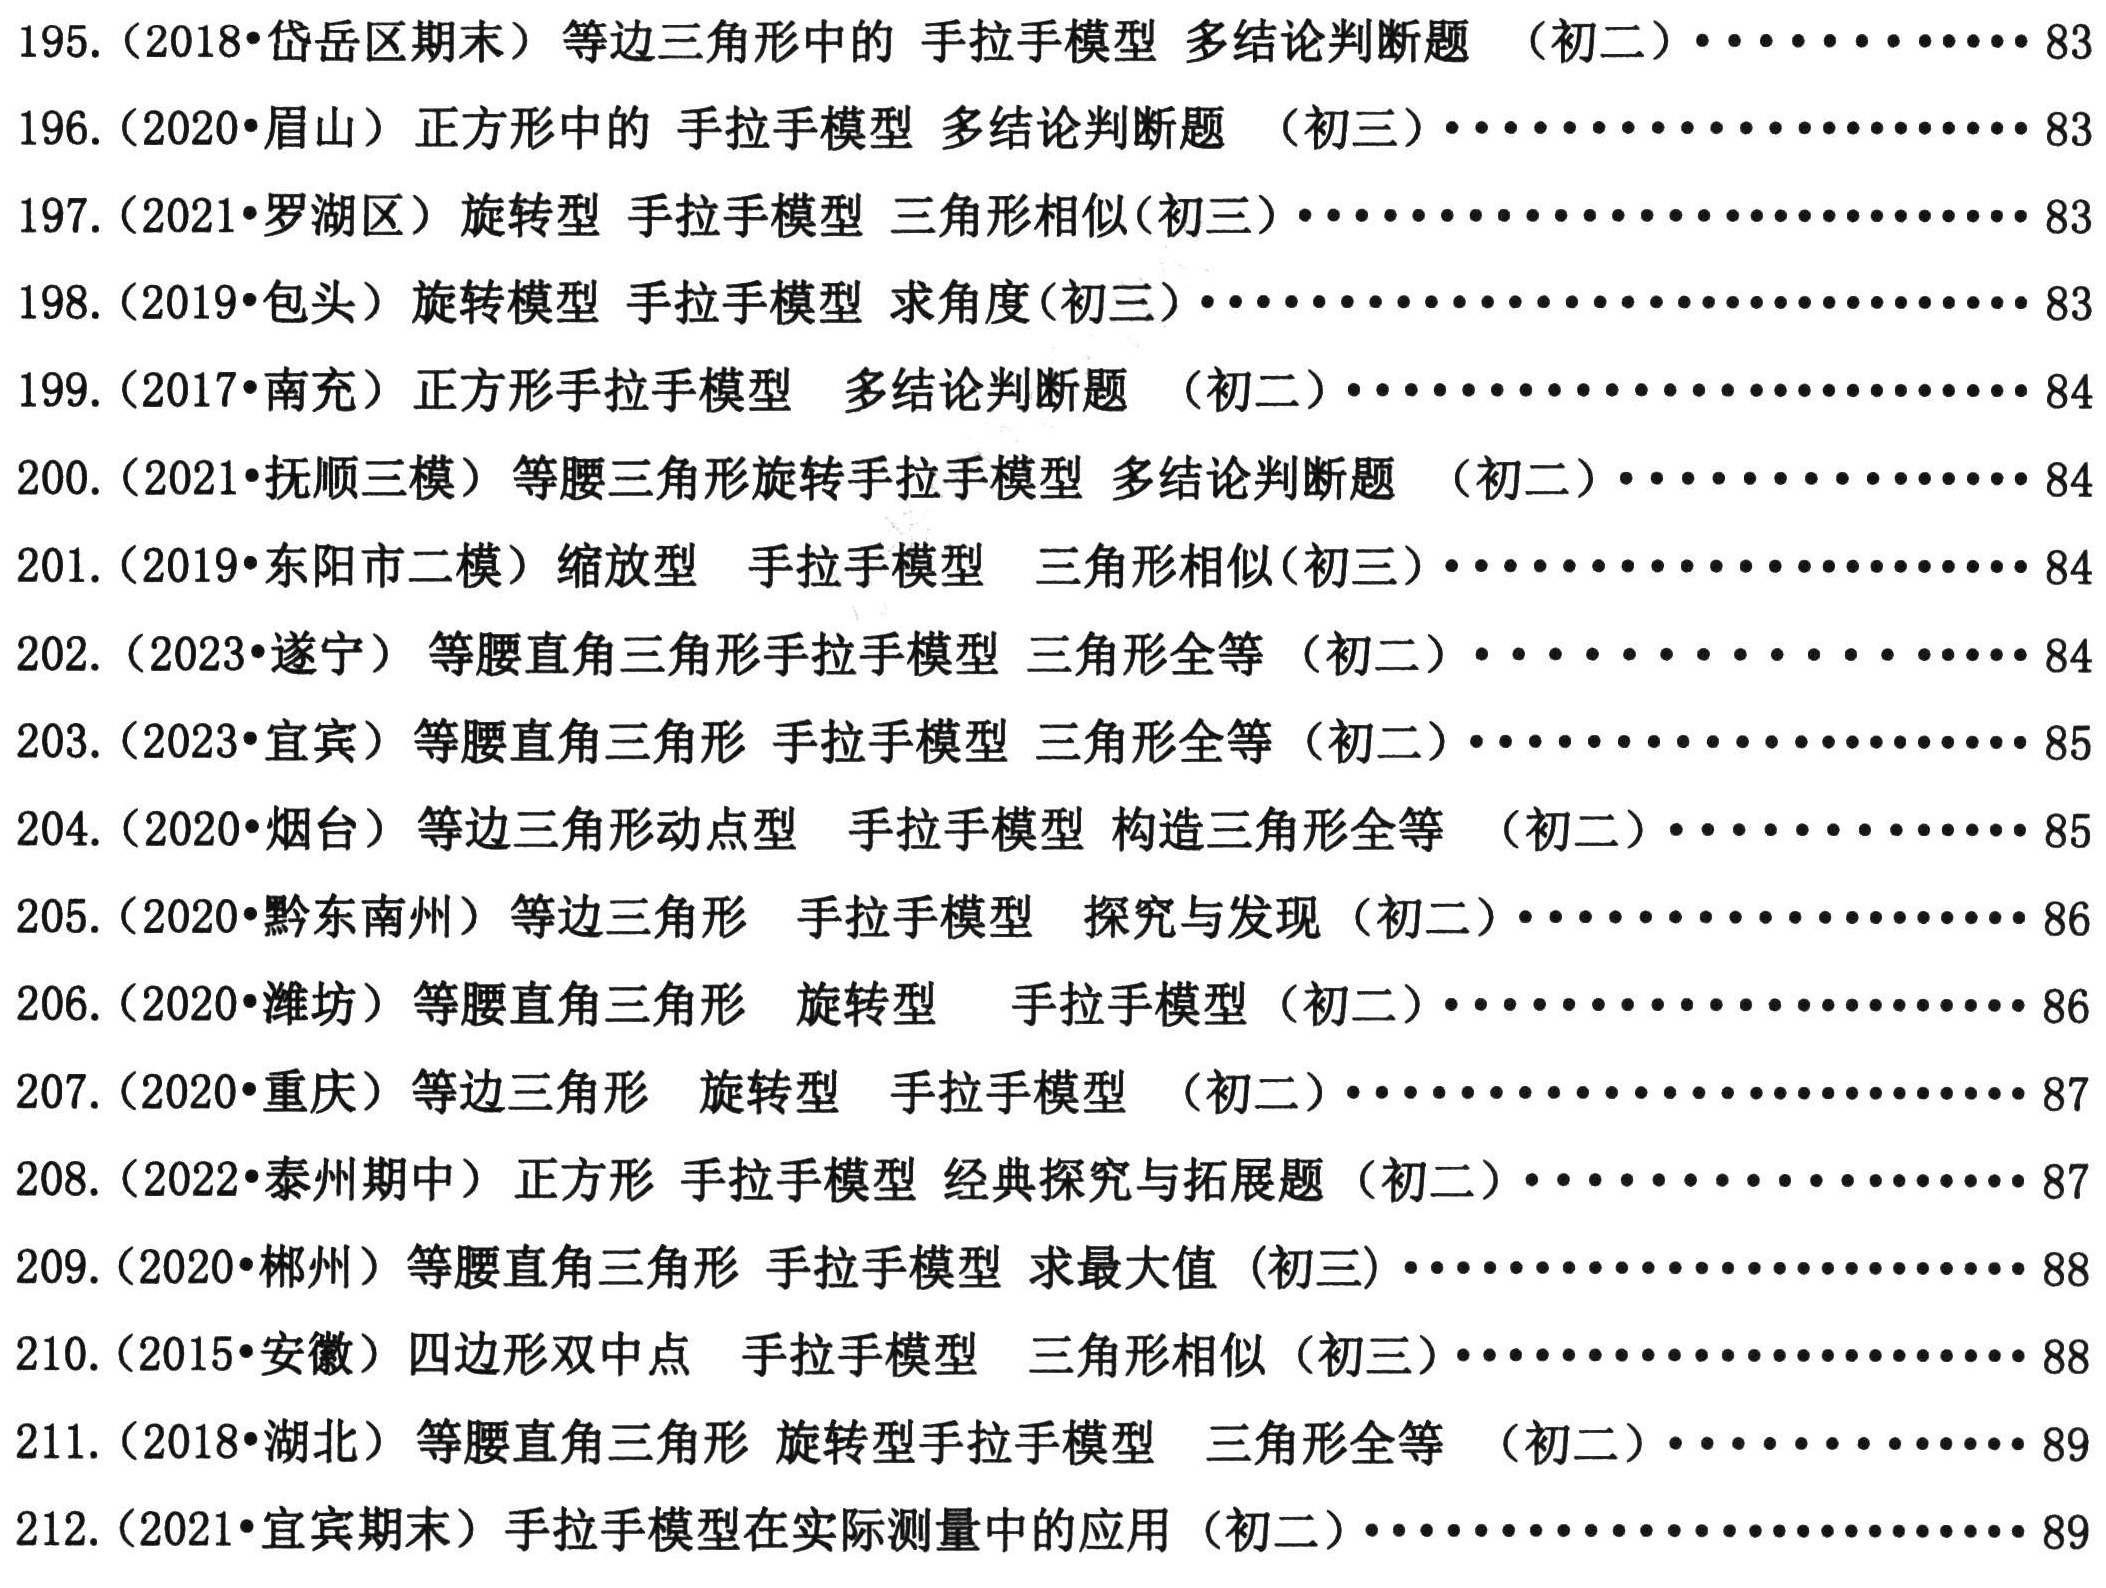
195. (2018•岱岳区期末) 等边三角形中的 手拉手模型 多结论判断题 （初二）\(\cdots\cdots\cdots\cdots83\)
196. (2020•眉山) 正方形中的 手拉手模型 多结论判断题 （初三）\(\cdots\cdots\cdots\cdots83\)
197. (2021•罗湖区) 旋转型 手拉手模型 三角形相似(初三)\(\cdots\cdots\cdots\cdots83\)
198. (2019•包头) 旋转模型 手拉手模型 求角度(初三)\(\cdots\cdots\cdots\cdots83\)
199. (2017•南充) 正方形手拉手模型 多结论判断题 （初二）\(\cdots\cdots\cdots\cdots84\)
200. (2021•抚顺三模) 等腰三角形旋转手拉手模型 多结论判断题 （初二）\(\cdots\cdots\cdots\cdots84\)
201. (2019•东阳市二模) 缩放型 手拉手模型 三角形相似(初三)\(\cdots\cdots\cdots\cdots84\)
202. (2023•遂宁市) 等腰直角三角形手拉手模型 三角形全等 （初二）\(\cdots\cdots\cdots\cdots84\)
203. (2023•遂宁) 等腰直角三角形手拉手模型 三角形全等 （初二）\(\cdots\cdots\cdots\cdots84\)
203. (2023•宜宾) 等腰直角三角形 手拉手模型 三角形全等 （初二）\(\cdots\cdots\cdots\cdots85\)
204. (2020•烟台) 等边三角形动点型 手拉手模型 构造三角形全等 （初二）\(\cdots\cdots\cdots\cdots85\)
205. (2020•黔东南州) 等边三角形 手拉手模型 探究与发现 （初二）\(\cdots\cdots\cdots\cdots85\)
206. (2020•潍坊) 等腰直角三角形 旋转型 手拉手模型 （初二）\(\cdots\cdots\cdots\cdots86\)
207. (2020•重庆) 等边三角形 旋转型 手拉手模型 （初二）\(\cdots\cdots\cdots\cdots86\)
208. (2022•泰州期中) 正方形 手拉手模型 经典探究与拓展题 （初二）\(\cdots\cdots\cdots\cdots87\)
209. (2020•郴州) 等腰直角三角形手拉手模型 求最大值 (初三)\(\cdots\cdots\cdots\cdots88\)
210. (2015•安徽) 四边形双中点 手拉手模型 三角形相似 (初三)\(\cdots\cdots\cdots\cdots88\)
211. (2018•湖北) 等腰直角三角形 旋转型手拉手模型 三角形全等 （初二）\(\cdots\cdots\cdots\cdots89\)
212. (2021•宜宾期末) 手拉手模型在实际测量中的应用 （初二）\(\cdots\cdots\cdots\cdots89\)